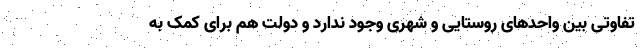
تفاوتی بین واحدهای روستایی و شهری وجود ندارد و دولت هم برای کمک به